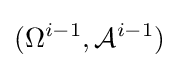
(\Omega ^{i-1},{\mathcal {A}}^{i-1})